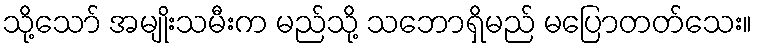
သို့သော် အမျိုးသမီးက မည်သို့ သဘောရှိမည် မပြောတတ်သေး။